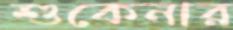
শুকেনার